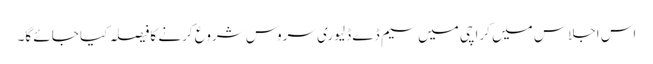
اس اجلاس میں کراچی میں سیم ڈے ڈلیوری سروس شروع کرنے کا فیصلہ کیا جائے گا۔